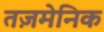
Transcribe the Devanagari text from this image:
तज़मेनिक